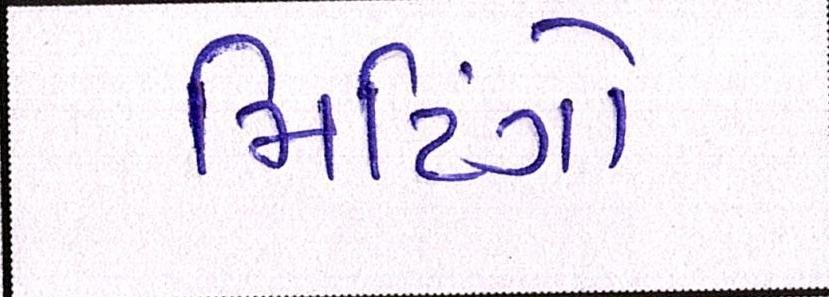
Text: મિટિંગો